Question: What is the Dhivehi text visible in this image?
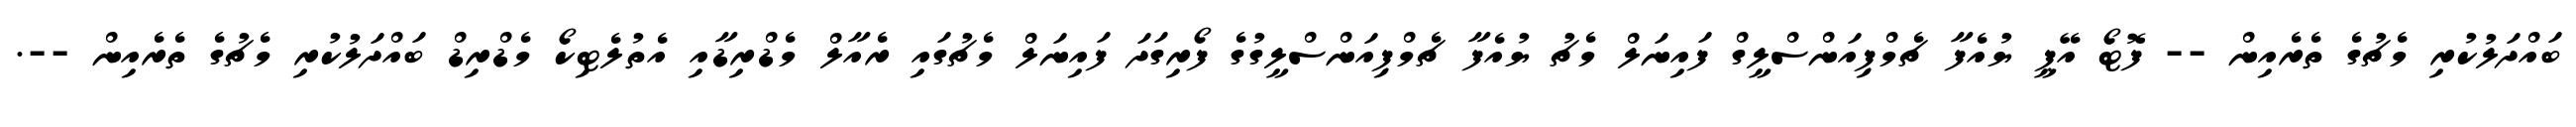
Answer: ބައްދަލުކުރި މެޗުގެ ތެރެއިން -- ފޮޓޯ އޭޕީ ޔުއެފާ ޗެމްޕިއަންސްލީގް ފައިނަލް މެޗު ޔުއެފާ ޗެމްޕިއަންސްލީގުގެ ފޯރިގަދަ ފައިނަލް މެޗުގައި ރެއާލް މެޑްރިޑާއި އެތުލެޓިކޯ މެޑްރިޑް ބައްދަލުކުރި މެޗުގެ ތެރެއިން --.